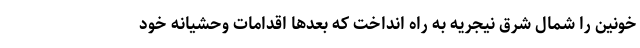
خونین را شمال شرق نیجریه به راه انداخت که بعدها اقدامات وحشیانه خود